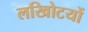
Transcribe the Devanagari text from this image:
लखोिटयों